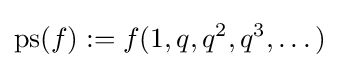
\operatorname {ps} (f):=f(1,q,q^{2},q^{3},\dots )